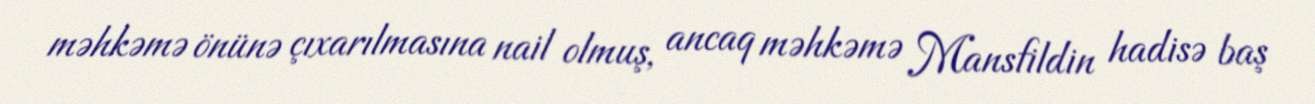
məhkəmə önünə çıxarılmasına nail olmuş, ancaq məhkəmə Mansfildin hadisə baş